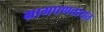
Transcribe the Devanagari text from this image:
ग्रामपणचायत